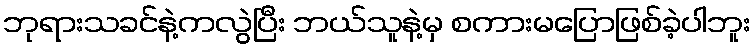
ဘုရားသခင်နဲ့ကလွဲပြီး ဘယ်သူနဲ့မှ စကားမပြောဖြစ်ခဲ့ပါဘူး